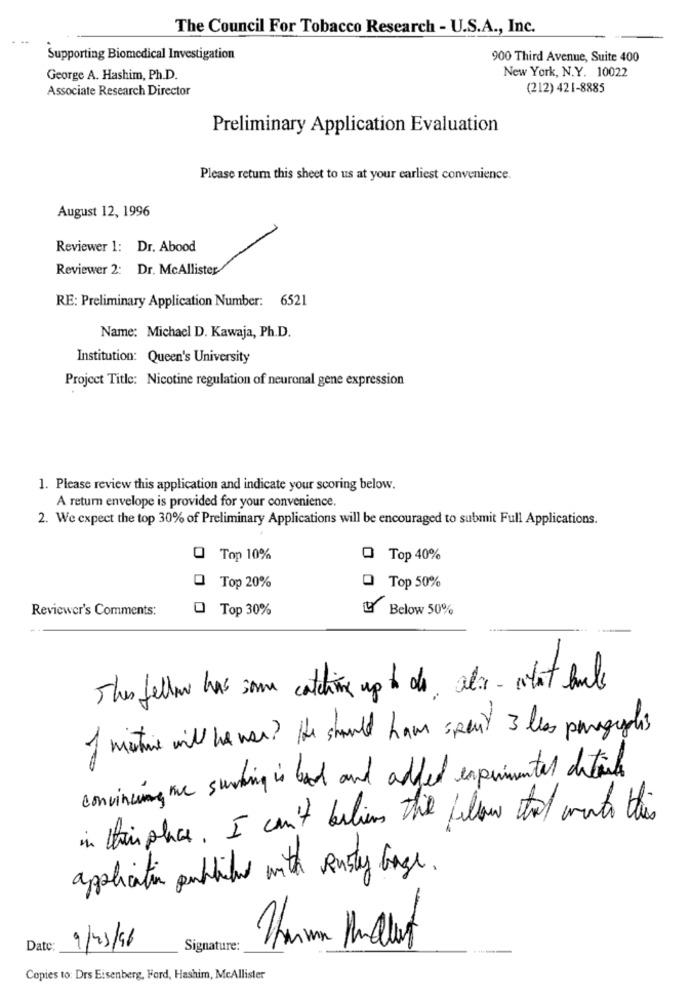
The Council For Tobacco Research - U.S.A ., Inc.
Supporting Biomedical Investigation
900 Third Avenue, Suite 400
New York, N.Y. 10022
George A. Hashim, Ph.D.
Associate Research Director
(212) 421-8885
Preliminary Application Evaluation
Please return this sheet to us at your earliest convenience.
August 12, 1996
Reviewer 1: Dr. Abood
Reviewer 2: Dr. McAllister
RE: Preliminary Application Number: 6521
Name: Michael D. Kawaja, Ph.D.
Institution: Queen's University
Project Title: Nicotine regulation of neuronal gene expression
1. Please review this application and indicate your scoring below.
A return envelope is provided for your convenience.
2. We expect the top 30% of Preliminary Applications will be encouraged to submit Full Applications.
O Top 10%
O Top 40%
O Top 20%
0 Top 50%
Reviewer's Comments:
O Top 30%
IL Below 50%
This felow has some catching up to do, als - wtot ale
of mentire will be war? He should have spent 3 lis pargeplis
convincing me surthing is bad and added experimentes details
in this place. I can't believe the felow tot with this
application publile with Rusty Gange.
Date
9/23/96
Signature:
Copies to: Drs Eisenberg, Ford, Hashim, McAllister